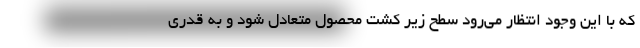
که با این وجود انتظار می‌رود سطح زیر کشت محصول متعادل شود و به قدری